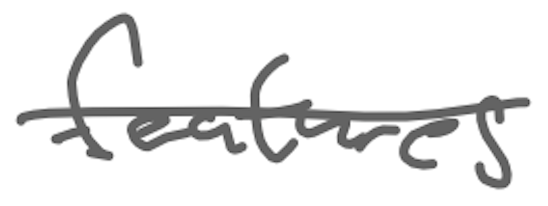
Text: features
Cross-out: single-line
Writing tool: digital_gray